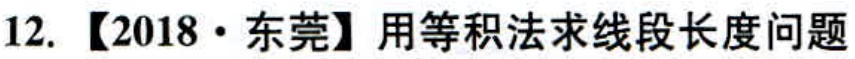
12. 【2018·东莞】用等积法求线段长度问题